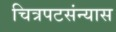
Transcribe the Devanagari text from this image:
चित्रपटसंन्यास